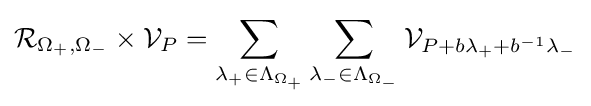
{\mathcal {R}}_{\Omega _{+},\Omega _{-}}\times {\mathcal {V}}_{P}=\sum _{\lambda _{+}\in \Lambda _{\Omega _{+}}}\sum _{\lambda _{-}\in \Lambda _{\Omega _{-}}}{\mathcal {V}}_{P+b\lambda _{+}+b^{-1}\lambda _{-}}